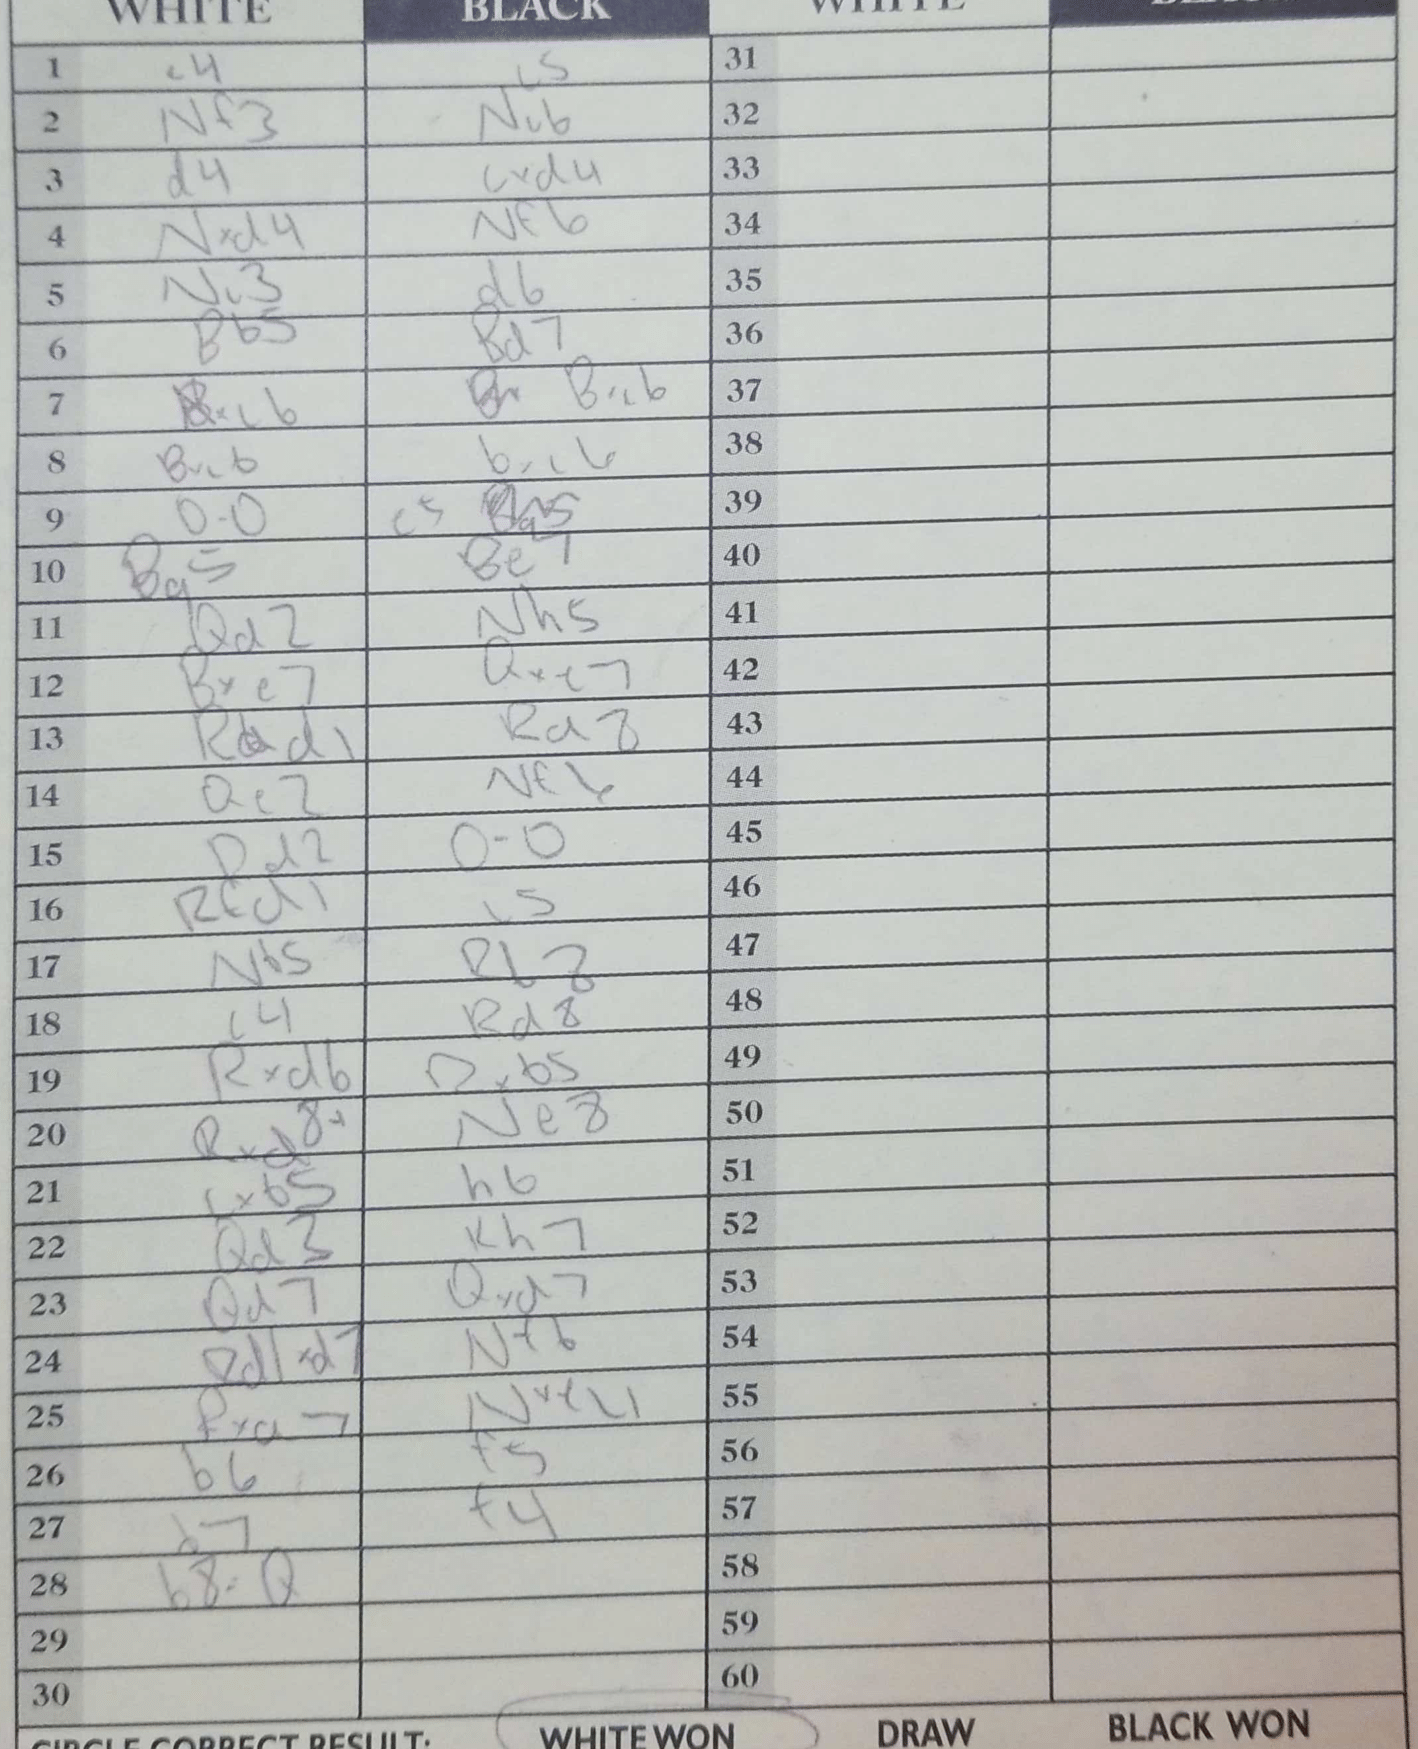
Moves: e4 c5 Nf3 Nc6 d4 cxd4 Nxd4 Nf6 Nc3 d6 Bb5 Bd7 Nxc6 Bxc6 Bxc6 bxc6 O-O e5 Bg5 Be7 Qd2 Nh5 Bxe7 Qxe7 Rad1 Rd8 Qe2 Nf6 Rd2 O-O Rcd1 c5 Nf5 Rb8 c4 Rd8 Rxd6 Rxb5 Rxd8+ Ne8 cxb5 h6 Qd3 Kh7 Qd7 Qxd7 Rd1xd7 Nf6 Rxa7 Nxe4 b6 f5 d7 f4 b8=Q